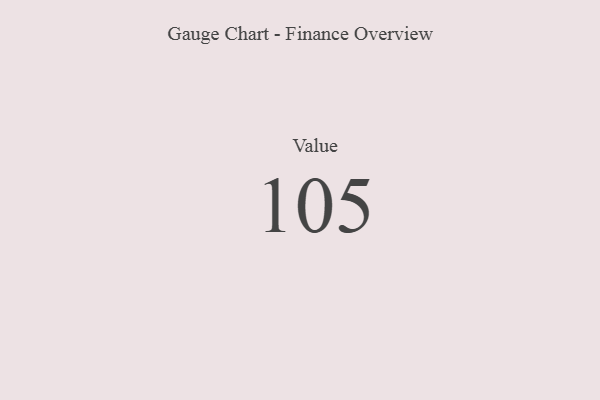
{"axis": {"x": "Metric", "y": "Value"}, "legend": [""], "data": [{"x": "Value", "y": 105, "type": ""}]}